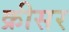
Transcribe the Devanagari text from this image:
क्रीसर